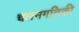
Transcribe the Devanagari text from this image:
चलनगतिकी